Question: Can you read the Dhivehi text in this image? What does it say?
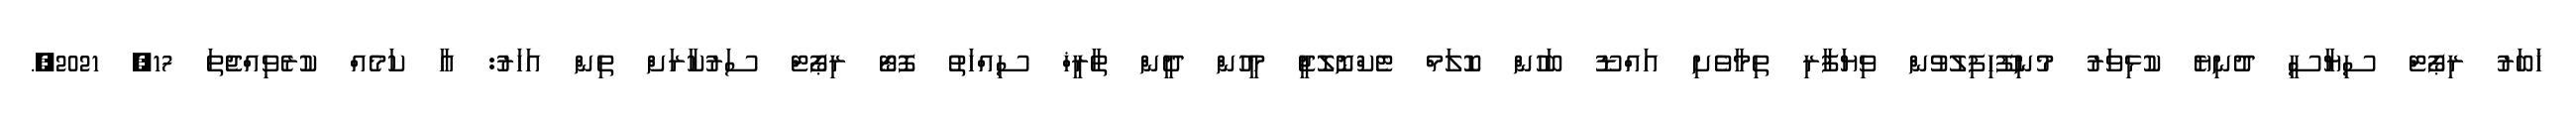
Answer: ޚަބަރު ރިޕޯޓް ސިޔާސީ ދުނިޔެ ކުޅިވަރު މުނިފޫހިފިލުވުން ވިޔަފާރި ތިމާވެށި އައްޑޫ ބަހުން ކޮލަމް ޓެކްނޮލޮޖީ މީހުން ދީން ތާރީޚް ސިއްހަތު ފޮޓޯ ރިޕޯޓް ސަރުކާރަށް ތިން އަހަރު: އާ ކަމެއް ކުރެވިއްޖެތަ 17, 2021,.